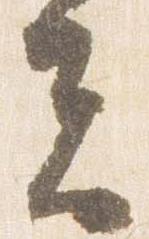
夫